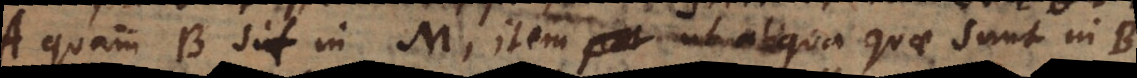
A quam B sit in M, item ut aliqua quae sunt in B,